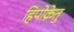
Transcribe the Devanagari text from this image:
हिपोक्रेतु